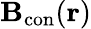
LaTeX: \mathbf{B}_{\mathrm{con}}(\mathbf{r})